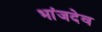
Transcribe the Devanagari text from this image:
भांजदेव